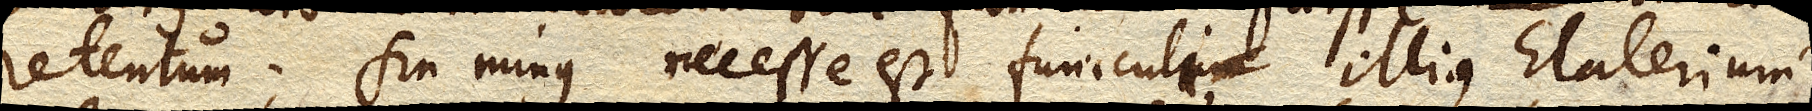
retentum; sin minus necesse est funiculi illius Elaterium